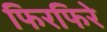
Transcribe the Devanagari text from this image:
फिरफिरे